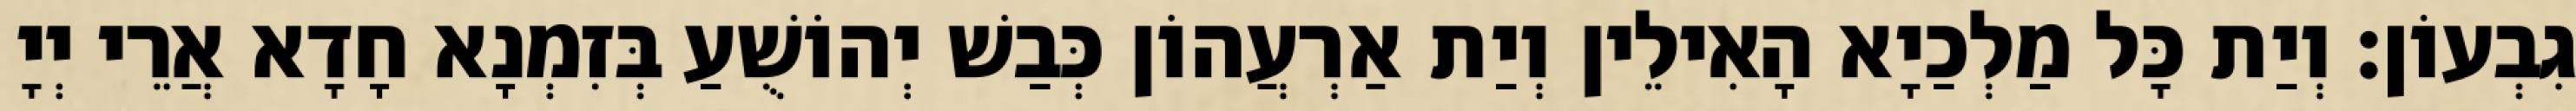
גִבְעוֹן׃ וְיַת כָּל מַלְכַיָא הָאִילֵין וְיַת אַרְעֲהוֹן כְּבַשׁ יְהוֹשֻׁעַ בְּזִמְנָא חָדָא אֲרֵי יְיָ